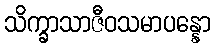
သိက္ခာသာဇီဝသမာပန္နော